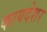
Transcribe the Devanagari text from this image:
कायदेशर